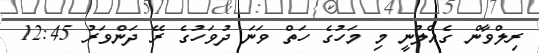
ރިލްވާން ގެއްލުނީ މި މަހުގެ ހަތް ވަނަ ދުވަހުގެ ރޭ ދަންވަރު 12:45